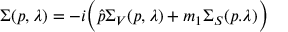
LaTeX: \Sigma ( p , \lambda ) = - i \Big ( \hat { p } \Sigma _ { V } ( p , \lambda ) + m _ { 1 } \Sigma _ { S } ( p . \lambda ) \Big )